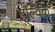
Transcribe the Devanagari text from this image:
डल्विक